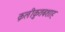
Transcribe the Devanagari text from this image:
क़लीक़ुतबशाह